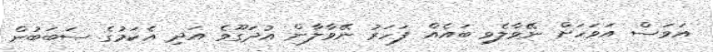
އަވަސް އަވަހަށް ނޭވާލެވި ބައެއް ފަހަރު ނޭވާލާން އުދަގޫވެ އަދި އެކަމުގެ ސަބަބުން